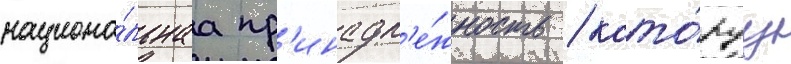
национа́льнаа пр'инадл'е́жность / кото́руу